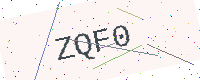
Text: ZQF0